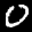
Label: 0